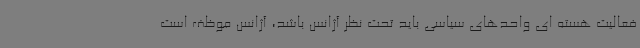
فعالیت هسته ای واحدهای سیاسی باید تحت نظر آژانس باشد، آژانس موظف است